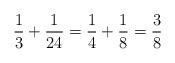
LaTeX: \begin{align*}\frac{1}{3} + \frac{1}{24 } = \frac{1}{4} + \frac{1}{ 8} = \frac{3}{8 } \end{align*}